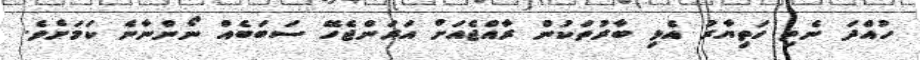
ހުއްދަ ނެތި ހަތިޔާރު އެޅި ބާރުތަކުން ރާއްޖެއަށް އަރަންޖެހޭ ސަބަބެއް ނޯންނާނެ ކަމަށެވެ.